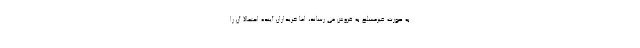
به صورت غیرمسلح به فروش می رساند، اما خریداران آینده احتمالا آن را